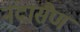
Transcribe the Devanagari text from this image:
नंदासैण